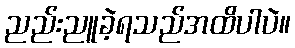
ညည်းညူခဲ့ရသည်အထိပါပဲ။